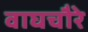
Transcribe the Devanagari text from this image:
वाघचौरे